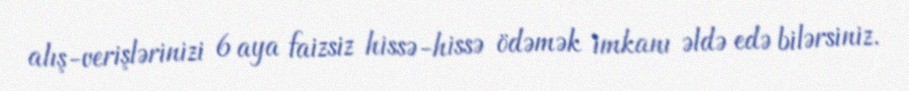
alış-verişlərinizi 6 aya faizsiz hissə-hissə ödəmək imkanı əldə edə bilərsiniz.